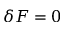
\delta F = 0